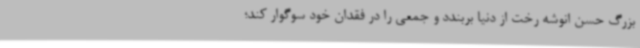
بزرگ حسن انوشه رخت از دنیا بربندد و جمعی را در فقدان خود سوگوار کند؛